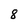
Character: 8